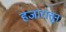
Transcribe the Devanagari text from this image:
हजारातून